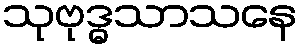
သုဗုဒ္ဓသာသနေ